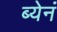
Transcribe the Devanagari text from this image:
ब्येनं